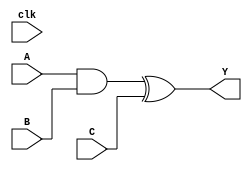
module pb3(A,B,C,clk,Y);
input A, B, C, clk;
output reg Y;
reg T1, T2, T3;

always @(*) begin
	T1 <= A;
	T2 = T1 & B;
	T3 = T2 ^ C;
	Y <= T3;
end

endmodule